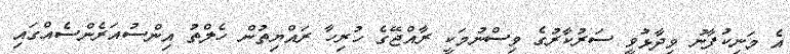
އެ މަނިކުފާނު ވިދާޅުވީ ސަރުކާރުގެ ވިސްނުމަކީ ރާއްޖޭގެ ހުރިހާ ރައްޔިތުން ހެލްތު އިންސުއަރެންސެއްގައި